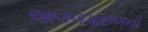
આગળપાછળની